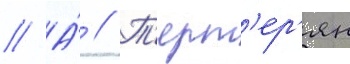
// А́ // Т'ерт'ер'ян